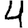
Digit: 4